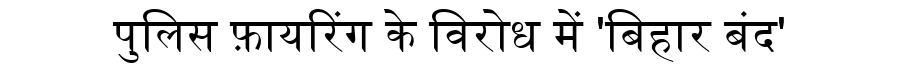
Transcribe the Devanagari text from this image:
पुलिस फ़ायरिंग के विरोध में 'बिहार बंद'